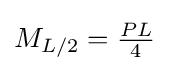
M_{L/2}={\tfrac {PL}{4}}